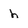
Character: h